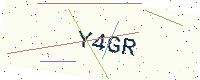
Text: Y4GR